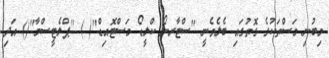
މިބުނި މަސްތަކުގެ ގޮތުގައި ބެލެވެނީ ''ސްޓާރނޯ ކްލީޑޯ މަސްޓޮއިޑް''( ) ''ޕްލެޓީސްމާ''() އަދި